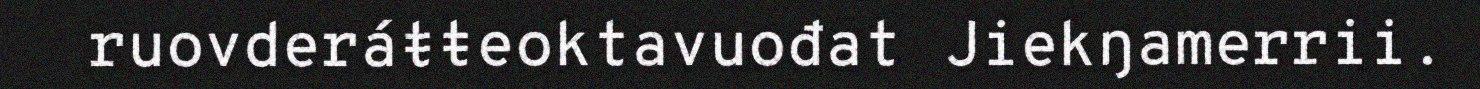
ruovderáŧŧeoktavuođat Jiekŋamerrii.